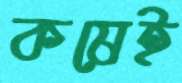
কষেই